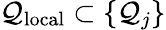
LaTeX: \mathcal{Q}_{\mathrm{local}}\subset\{ \mathcal{Q}_{j}\}